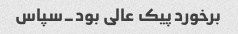
برخورد پیک عالی بود۔سپاس